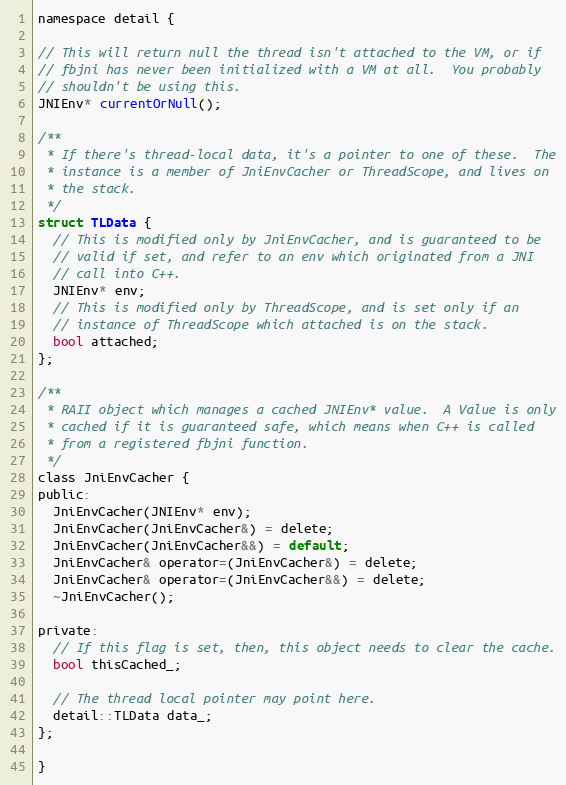
Language: C
namespace detail {

// This will return null the thread isn't attached to the VM, or if
// fbjni has never been initialized with a VM at all.  You probably
// shouldn't be using this.
JNIEnv* currentOrNull();

/**
 * If there's thread-local data, it's a pointer to one of these.  The
 * instance is a member of JniEnvCacher or ThreadScope, and lives on
 * the stack.
 */
struct TLData {
  // This is modified only by JniEnvCacher, and is guaranteed to be
  // valid if set, and refer to an env which originated from a JNI
  // call into C++.
  JNIEnv* env;
  // This is modified only by ThreadScope, and is set only if an
  // instance of ThreadScope which attached is on the stack.
  bool attached;
};

/**
 * RAII object which manages a cached JNIEnv* value.  A Value is only
 * cached if it is guaranteed safe, which means when C++ is called
 * from a registered fbjni function.
 */
class JniEnvCacher {
public:
  JniEnvCacher(JNIEnv* env);
  JniEnvCacher(JniEnvCacher&) = delete;
  JniEnvCacher(JniEnvCacher&&) = default;
  JniEnvCacher& operator=(JniEnvCacher&) = delete;
  JniEnvCacher& operator=(JniEnvCacher&&) = delete;
  ~JniEnvCacher();

private:
  // If this flag is set, then, this object needs to clear the cache.
  bool thisCached_;

  // The thread local pointer may point here.
  detail::TLData data_;
};

}